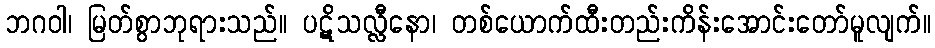
ဘဂဝါ၊ မြတ်စွာဘုရားသည်။ ပဋိသလ္လီနော၊ တစ်ယောက်ထီးတည်းကိန်းအောင်းတော်မူလျက်။